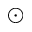
\odot